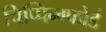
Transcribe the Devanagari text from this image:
चिप्पिन्ग्फोर्ड